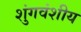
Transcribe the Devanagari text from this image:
शुंगवंशीय